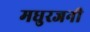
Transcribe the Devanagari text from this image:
मधुरजनी